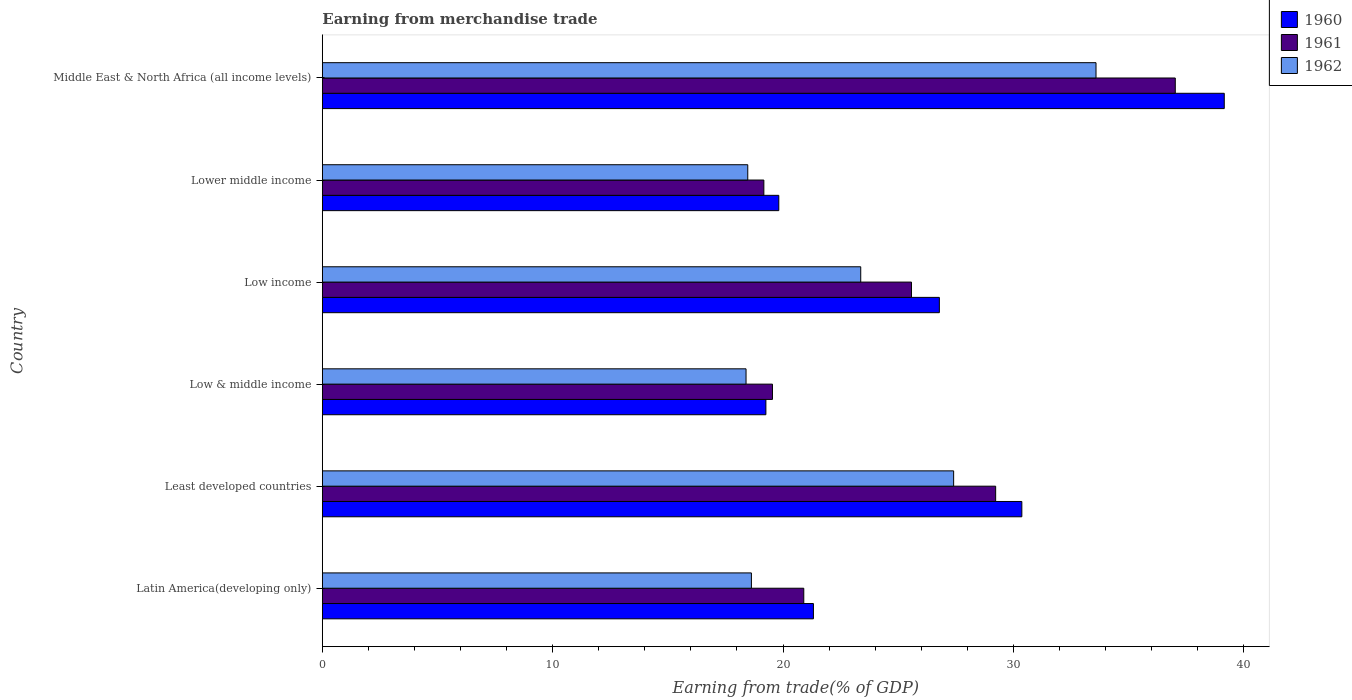
| Country | 1960 | 1961 | 1962 |
 | --- | --- | --- | --- |
 | Latin America(developing only) | 21.3 | 20.9 | 18.6 |
 | Least developed countries | 30.4 | 29.2 | 27.4 |
 | Low & middle income | 19.3 | 19.5 | 18.4 |
 | Low income | 26.8 | 25.6 | 23.4 |
 | Lower middle income | 19.8 | 19.2 | 18.5 |
 | Middle East & North Africa (all income levels) | 39.2 | 37 | 33.6 |